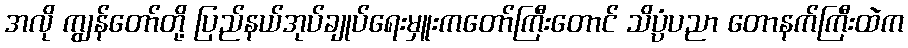
အလို ကျွန်တော်တို့ ပြည်နယ်အုပ်ချုပ်ရေးမှူးကတော်ကြီးတောင် သိပ္ပံပညာ တောနက်ကြီးထဲက